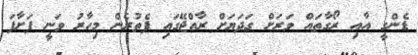
ޑެންގީ އާއި ރޯގާތައް ވަރަށް ގަދަޔަށް ރާއްޖޭގައި ފެތުރެން މިހާރު ވަނީ ފަށާފަ